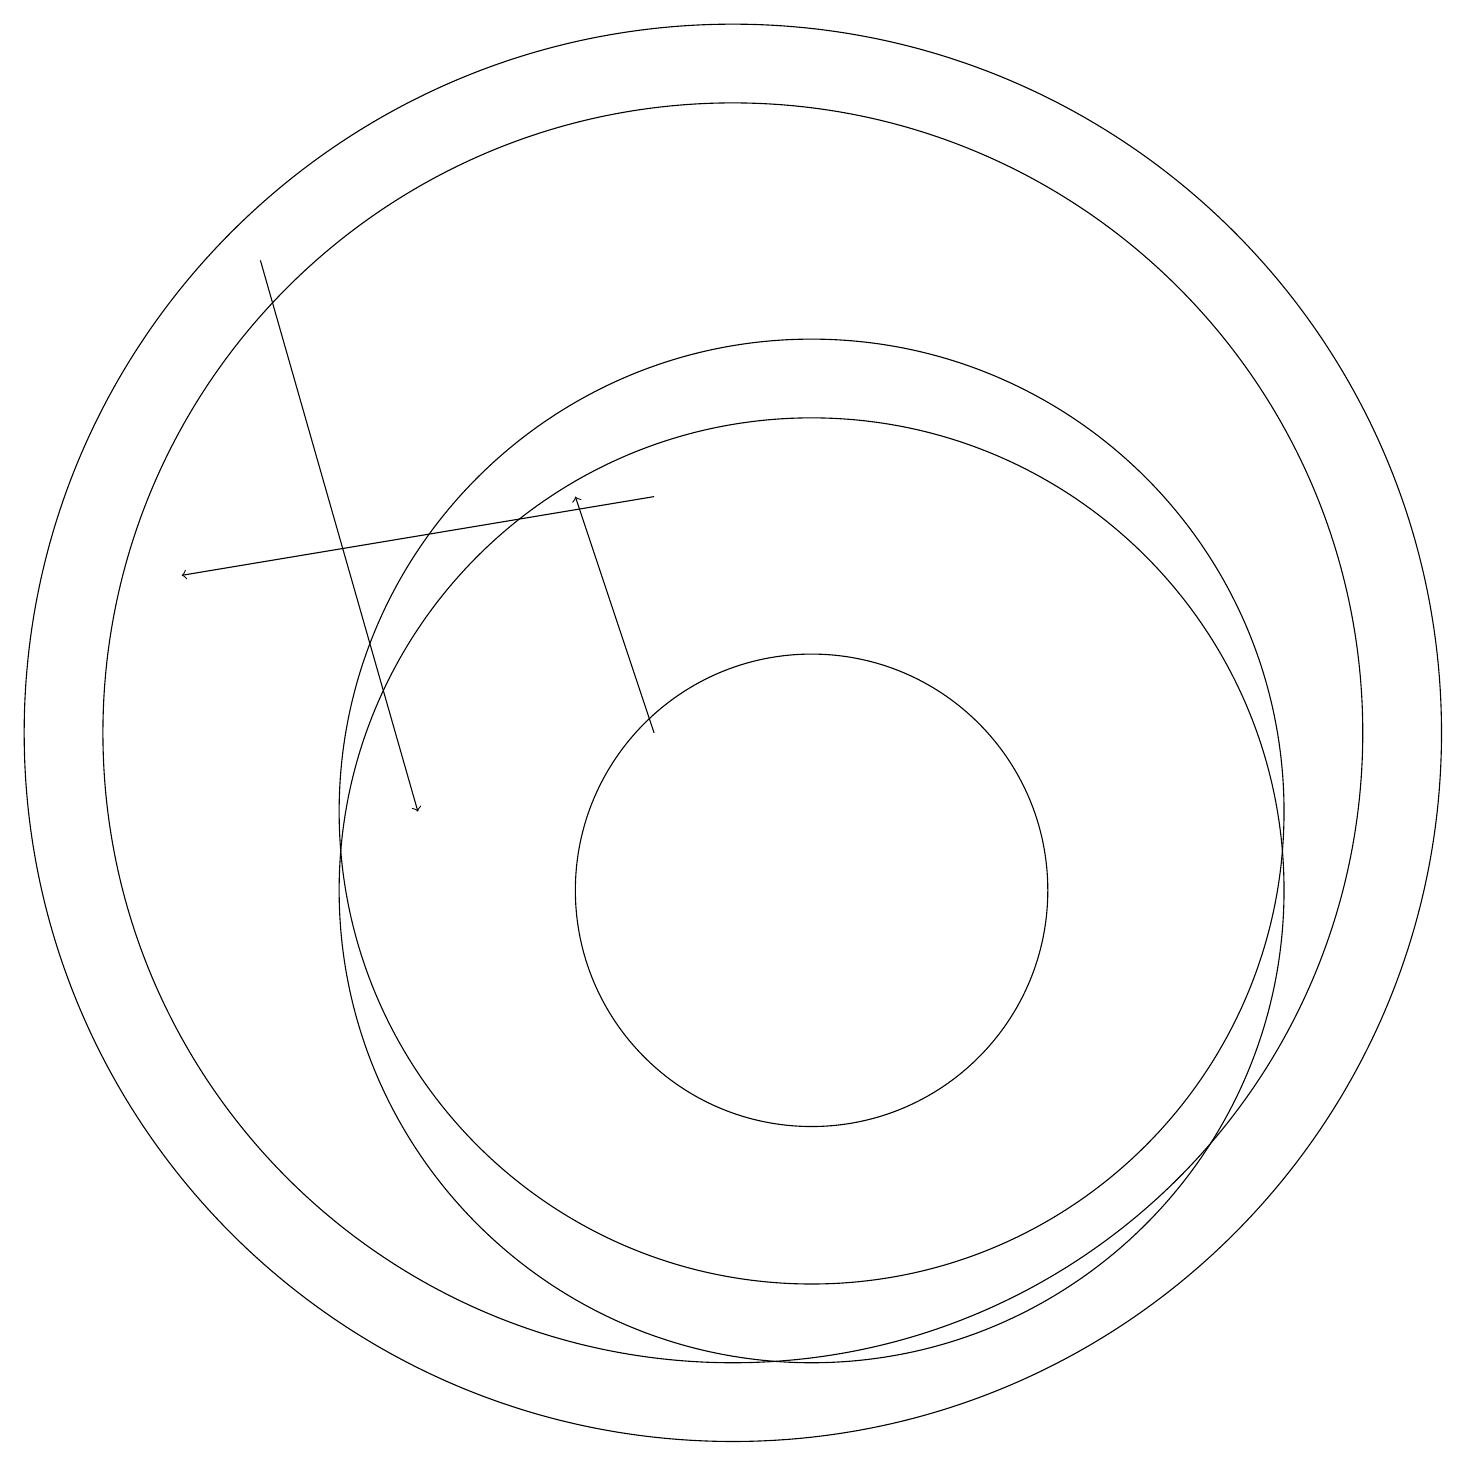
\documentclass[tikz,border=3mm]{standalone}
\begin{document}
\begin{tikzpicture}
\draw (11,10) circle (3);
\draw[->] (9,15) -- (3,14);
\draw (10,12) circle (9);
\draw[->] (4,18) -- (6,11);
\draw (10,12) circle (8);
\draw[->] (9,12) -- (8,15);
\draw (11,11) circle (6);
\draw (11,10) circle (6);
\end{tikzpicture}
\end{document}